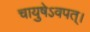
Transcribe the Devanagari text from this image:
चायुषेऽवपत्।